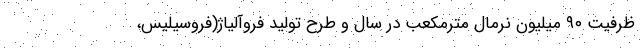
ظرفیت ۹۰ میلیون نرمال مترمکعب در سال و طرح تولید فروآلیاژ(فروسیلیس،